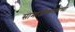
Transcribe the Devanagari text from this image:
सामाजीकरणाच्या